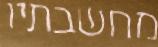
מחשבתיו